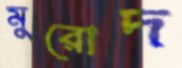
মুরোদ